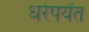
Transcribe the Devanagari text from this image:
धरेपर्यंत